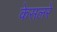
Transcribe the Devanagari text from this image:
केसलरे